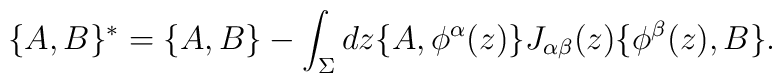
\{ A, B \}^* = \{A, B \} -  \int_\Sigma dz \{A, \phi^\alpha(z)\}J_{\alpha \beta}(z) \{\phi^\beta(z), B \} .